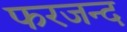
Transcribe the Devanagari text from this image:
फरजन्द